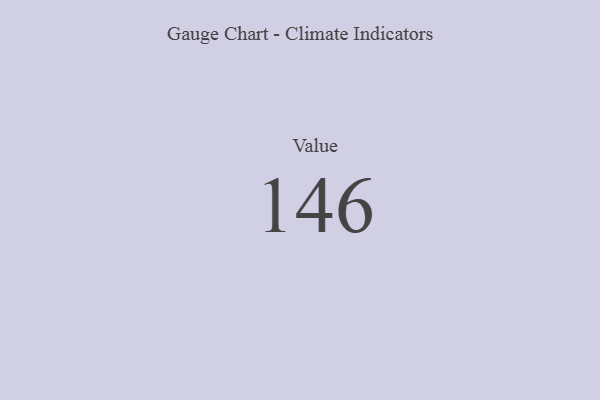
{"axis": {"x": "Metric", "y": "Value"}, "legend": [""], "data": [{"x": "Value", "y": 146, "type": ""}]}